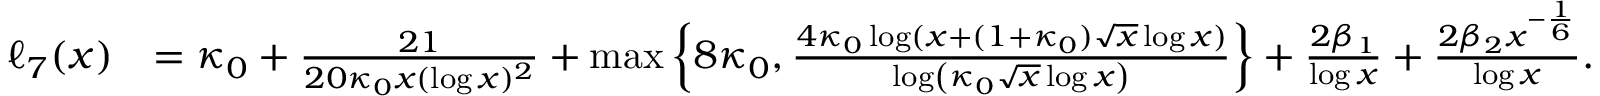
\begin{array} { r l } { \ell _ { 7 } ( x ) } & { = \kappa _ { 0 } + \frac { 2 1 } { 2 0 \kappa _ { 0 } x ( \log { x } ) ^ { 2 } } + \operatorname* { m a x } \left\{ 8 \kappa _ { 0 } , \frac { 4 \kappa _ { 0 } \log ( x + ( 1 + \kappa _ { 0 } ) \sqrt { x } \log { x } ) } { \log \left( \kappa _ { 0 } \sqrt { x } \log { x } \right) } \right\} + \frac { 2 \beta _ { 1 } } { \log { x } } + \frac { 2 \beta _ { 2 } x ^ { - \frac { 1 } { 6 } } } { \log { x } } . } \end{array}